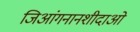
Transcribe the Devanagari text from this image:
जिआंगनानशीदाओ